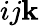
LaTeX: ij\mathbf{k}